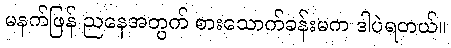
မနက်ဖြန် ညနေအတွက် စားသောက်ခန်းမက ဒါပဲရတယ်။